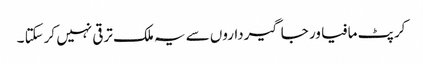
کرپٹ مافیا ور جاگیرداروں سے یہ ملک ترقی نہیں کرسکتا ۔